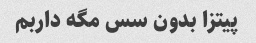
پیتزا بدون سس مگه داربم